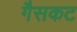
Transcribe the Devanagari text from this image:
गैसकट